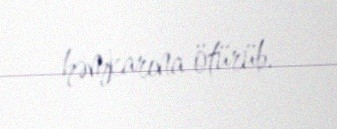
həmkarına ötürüb.